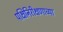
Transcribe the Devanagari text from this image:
पक्षिनिरीक्षणाच्या